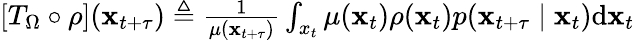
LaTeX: \begin{array}{r}{\left[T_{\Omega}\circ\rho\right](\mathbf{x}_{t+\tau})\triangleq\frac{1}{\mu(\mathbf{x}_{t+\tau})}\int_{x_{t}}\mu(\mathbf{x}_{t})\rho(\mathbf{x}_{t})p(\mathbf{x}_{t+\tau}\mid\mathbf{x}_{t})\mathrm{d}\mathbf{x}_{t}}\end{array}